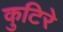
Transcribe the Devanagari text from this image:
कुटिरे